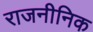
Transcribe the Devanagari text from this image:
राजनीनिक